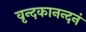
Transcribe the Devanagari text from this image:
वृन्दकानन्दनं